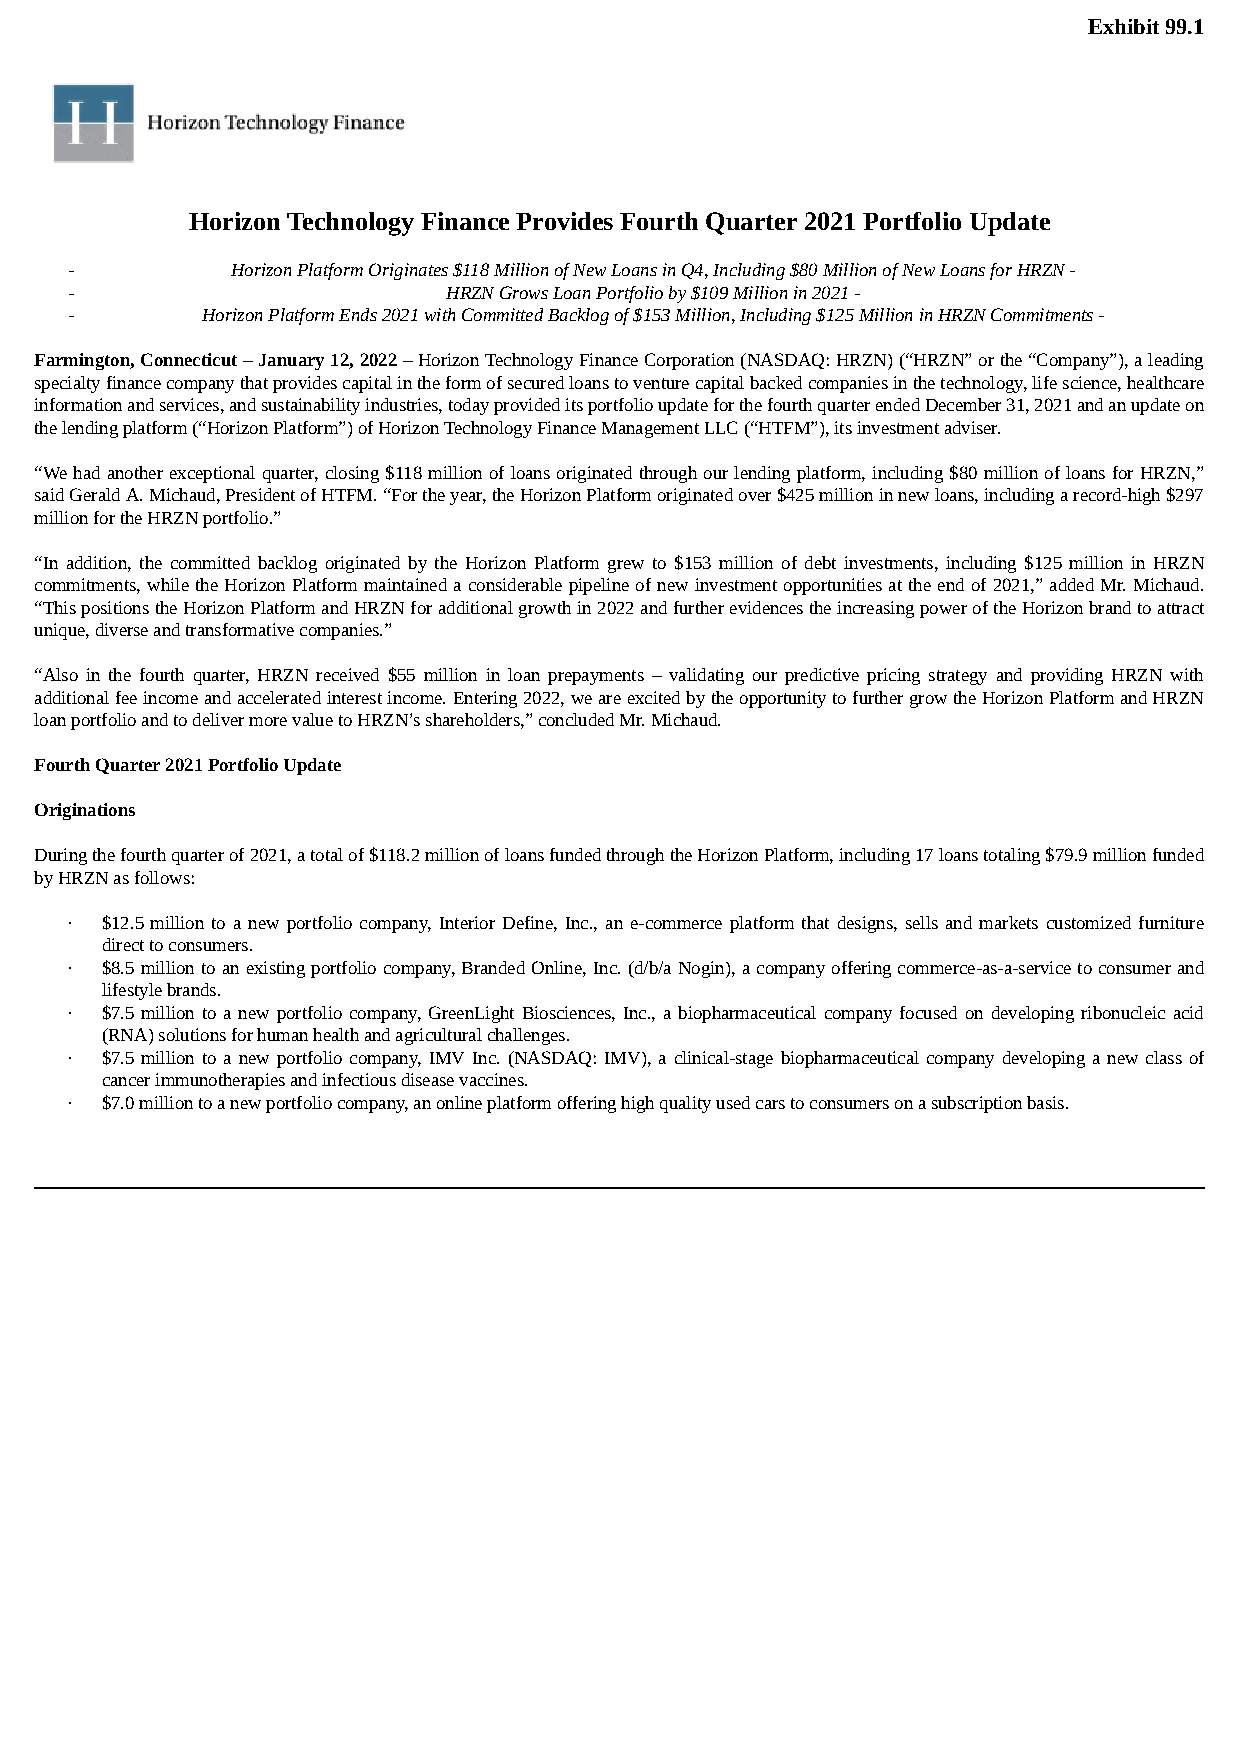
Exhibit 99.1
 Horizon Technology Finance Provides Fourth Quarter 2021 Portfolio Update
 -          Horizon Platform Originates $118 Million of New Loans in Q4, Including $80 Million of New Loans for HRZN -
 -                         HRZN Grows Loan Portfolio by $109 Million in 2021 -
 -        Horizon Platform Ends 2021 with Committed Backlog of $153 Million, Including $125 Million in HRZN Commitments -
 Farmington, Connecticut – January 12, 2022 – Horizon Technology Finance Corporation (NASDAQ: HRZN) (“HRZN” or the “Company”), a leading
 specialty finance company that provides capital in the form of secured loans to venture capital backed companies in the technology, life science, healthcare
 information and services, and sustainability industries, today provided its portfolio update for the fourth quarter ended December 31, 2021 and an update on
 the lending platform (“Horizon Platform”) of Horizon Technology Finance Management LLC (“HTFM”), its investment adviser.
 “We had another exceptional quarter, closing $118 million of loans originated through our lending platform, including $80 million of loans for HRZN,”
 said Gerald A. Michaud, President of HTFM. “For the year, the Horizon Platform originated over $425 million in new loans, including a record-high $297
 million for the HRZN portfolio.”
 “In addition, the committed backlog originated by the Horizon Platform grew to $153 million of debt investments, including $125 million in HRZN
 commitments, while the Horizon Platform maintained a considerable pipeline of new investment opportunities at the end of 2021,” added Mr. Michaud.
 “This positions the Horizon Platform and HRZN for additional growth in 2022 and further evidences the increasing power of the Horizon brand to attract
 unique, diverse and transformative companies.”
 “Also in the fourth quarter, HRZN received $55 million in loan prepayments – validating our predictive pricing strategy and providing HRZN with
 additional fee income and accelerated interest income. Entering 2022, we are excited by the opportunity to further grow the Horizon Platform and HRZN
 loan portfolio and to deliver more value to HRZN’s shareholders,” concluded Mr. Michaud.
 Fourth Quarter 2021 Portfolio Update
 Originations
 During the fourth quarter of 2021, a total of $118.2 million of loans funded through the Horizon Platform, including 17 loans totaling $79.9 million funded
 by HRZN as follows:
 ·  $12.5 million to a new portfolio company, Interior Define, Inc., an e-commerce platform that designs, sells and markets customized furniture
 direct to consumers.
 ·  $8.5 million to an existing portfolio company, Branded Online, Inc. (d/b/a Nogin), a company offering commerce-as-a-service to consumer and
 lifestyle brands.
 ·  $7.5 million to a new portfolio company, GreenLight Biosciences, Inc., a biopharmaceutical company focused on developing ribonucleic acid
 (RNA) solutions for human health and agricultural challenges.
 ·  $7.5 million to a new portfolio company, IMV Inc. (NASDAQ: IMV), a clinical-stage biopharmaceutical company developing a new class of
 cancer immunotherapies and infectious disease vaccines.
 ·  $7.0 million to a new portfolio company, an online platform offering high quality used cars to consumers on a subscription basis.